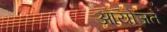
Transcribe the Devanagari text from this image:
आयोजते